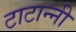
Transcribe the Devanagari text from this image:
टाटान्नी